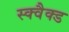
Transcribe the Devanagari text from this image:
स्क्वैक्ड